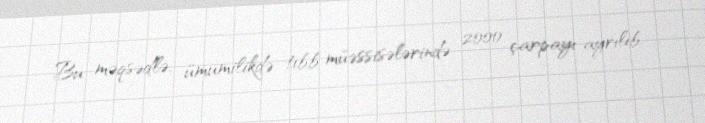
Bu məqsədlə, ümumilikdə tibb müəssisələrində 2000 çarpayı ayrılıb.